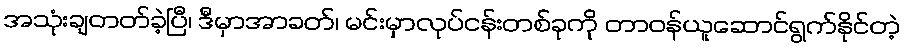
အသုံးချတတ်ခဲ့ပြီ၊ ဒီမှာအာခတ်၊ မင်းမှာလုပ်ငန်းတစ်ခုကို တာဝန်ယူဆောင်ရွက်နိုင်တဲ့